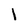
Character: l